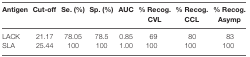
<table><thead><tr><td><b>Antigen</b></td><td><b>Cut-off</b></td><td><b>Se. (%)</b></td><td><b>Sp. (%)</b></td><td><b>AUC</b></td><td><b>% Recog. CVL</b></td><td><b>% Recog. CCL</b></td><td><b>% Recog. Asymp</b></td></tr></thead><tbody><tr><td>LACK</td><td>21.17</td><td>78.05</td><td>78.5</td><td>0.85</td><td>69</td><td>80</td><td>83</td></tr><tr><td>SLA</td><td>25.44</td><td>100</td><td>100</td><td>1.00</td><td>100</td><td>100</td><td>100</td></tr></tbody></table>